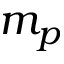
m _ { p }